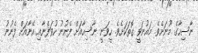
ނާސިހާގެ މޫނަށެވެ. މައުނަވީ ގޮތަކަށެވެ. ހީވަނީ ނާސިހާއަށް ފެނުނު ހުވަފެނާއި އޭނާއަށް ފެނުނު